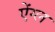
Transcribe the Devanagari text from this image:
ऐंग्ल